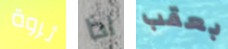
ثروة اذا بعقب